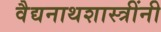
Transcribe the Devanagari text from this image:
वैद्यनाथशास्त्रींनी